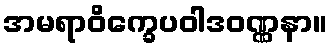
အမရာဝိက္ခေပဝါဒဝဏ္ဏနာ။